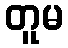
တူမ